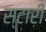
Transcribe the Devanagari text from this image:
स्टारी